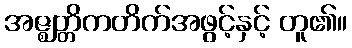
အဇ္ဈတ္တိကတိက်အဖွင့်နှင့် တူ၏။